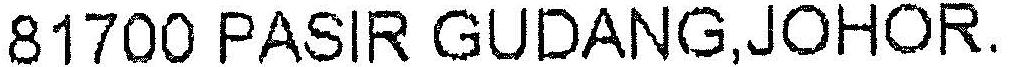
81700 PASIR GUDANG,JOHOR.